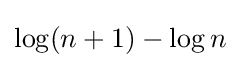
\log(n+1)-\log n